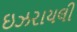
ઇઝરાયલી